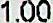
1.00